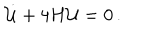
\dot { \cal U } + 4 H { \cal U } = 0 \, .